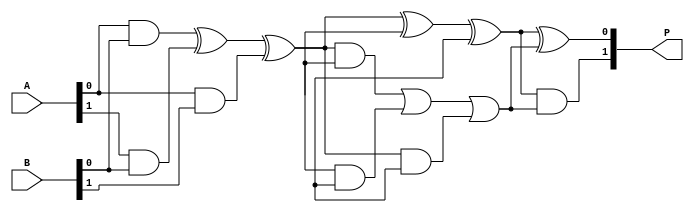
module WallaceTreeMultiplier #(parameter N = 4) (
    input  [N-1:0] A,  // First input operand
    input  [N-1:0] B,  // Second input operand
    output [2*N-1:0] P // Output product
);

    // Partial Product Generation
    wire [N-1:0] pp[N-1:0]; // Partial products
    genvar i, j;
    generate
        for (i = 0; i < N; i = i + 1) begin: gen_partial_products
            for (j = 0; j < N; j = j + 1) begin: and_gate
                assign pp[i][j] = A[j] & B[i];
            end
        end
    endgenerate

    // Carry-Save Adder logic
    wire [N-1:0] sum[N-1:0], carry[N-1:0];
    
    // Initial level CSA (combine three bits at a time)
    genvar k;
    generate
        for (k = 0; k < N-1; k = k + 1) begin: CSA_level1
            if (k % 3 == 0) begin
                assign sum[k] = pp[k][0] ^ pp[k][1] ^ pp[k+1][0];
                assign carry[k] = (pp[k][0] & pp[k][1]) | (pp[k][1] & pp[k+1][0]) | (pp[k][0] & pp[k+1][0]);
            end
        end
    endgenerate

    // Further CSA levels until we are down to 2 bits
    wire [N-1:0] final_sum;
    wire [N-1:0] final_carry;

    // Combine results through multiple CSA levels
    generate
        for (k = 0; k < N; k = k + 3) begin: CSA_levels
            if (k + 2 < N) begin
                assign final_sum[k / 3] = sum[k] ^ sum[k+1] ^ sum[k+2];
                assign final_carry[k / 3] = (sum[k] & sum[k+1]) | (sum[k+1] & sum[k+2]) | (sum[k] & sum[k+2]);
            end
        end
    endgenerate

    // Final addition of carry and sum outputs
    wire [2*N-1:0] final_product;
    assign final_product[0] = final_sum[0] ^ final_carry[0];
    assign final_product[1] = final_sum[0] & final_carry[0];

    // Combine the outputs to generate the final product
    assign P = final_product;

endmodule